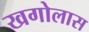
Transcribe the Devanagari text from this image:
खगोलास